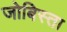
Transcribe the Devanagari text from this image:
जोबिस्ता